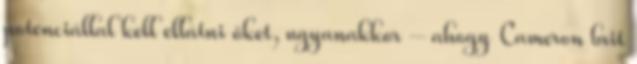
potenciállal kell ellátni őket, ugyanakkor – ahogy Cameron brit